Leaving Certificate Examination, 1921
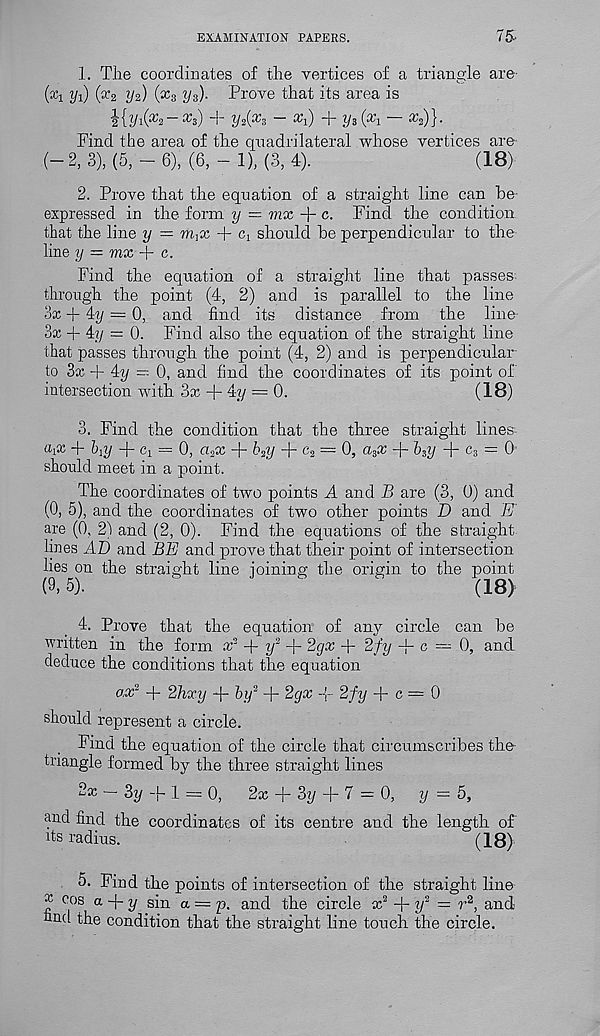
EXAMINATION PAPERS.
75..
1. The coordinates of the vertices of a triangle ar©'
(*! i/j) (ce 2 i/a) (^s i/s)- Prove that its area is
'g'{l/i( a h — ^s)
Unix's
x i) "P 1/3 («i
^h)}-
Find the area of the quadrilateral whose vertices are
(-2, 3), (5,-6), (6,-1), (3, 4).
(18)
2. Prove that the equation of a straight line can be-
expressed in the form y = mx + c. Find the condition
that the line y = mfx + (q should be perpendicular to the
line y = mx + c.
Find the equation of a straight line that passes
through the point (4, 2) and is parallel to the line
3x + 4i/ — 0, and find its distance from the line-
3x + 4y = 0. Find also the equation of the straight line
that passes through the point (4, 2) and is perpendicular
to 3x + 4y —- 0, and find the coordinates of its point of
intersection with 3x + 4y = 0.
(18)
3. Find the condition that the three straight lines
+ b^y + cy = 0, a 2 x + b 2 y + c 2 = 0, a s x + 6 3 y + c 3 = 0
should meet in a point.
The coordinates of two points A and B are (3, 0) and
(0, 5), and the coordinates of two other points D and E
are (0, 2) and (2, 0). Find the equations of the straight
lines AD and BE and prove that their point of intersection
lies on the straight line joining the origin to the point
(9) 5).
(18)
4. Prove that the equation of any circle can be
written in the form x 5 + y 2 + 2gx + 2fy -f- c — 0, and
deduce the conditions that the equation
ax 2 + 2hxy + by 2 + 2gx -J- 2fy -p c = 0
should represent a circle.
Find the equation of the circle that circumscribes the
triangle formed by the three straight lines
2x - 3y + 1 = 0,
2x + 3y + 7 = 0,
y = 5,
and find the coordinates of its centre and the length of
its radius.
(18)
5. Find the points of intersection of the straight line
^ cos a + y sin a = p. and the circle x 2 -p y 2 = r 2 , and
find the condition that the straight line touch the circle.